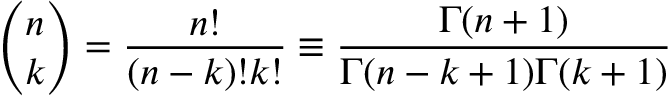
{ \binom { n } { k } } = { \frac { n ! } { ( n - k ) ! k ! } } \equiv { \frac { \Gamma ( n + 1 ) } { \Gamma ( n - k + 1 ) \Gamma ( k + 1 ) } }